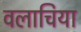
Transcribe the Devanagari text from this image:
वलाचिया